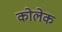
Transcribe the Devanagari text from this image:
कोलेक